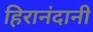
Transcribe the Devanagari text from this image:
हिरानंदानी